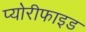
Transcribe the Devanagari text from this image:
प्योरीफाइड